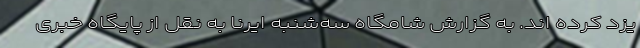
یزد کرده اند. به گزارش شامگاه سه‌شنبه ایرنا به نقل از پایگاه خبری